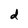
Character: d